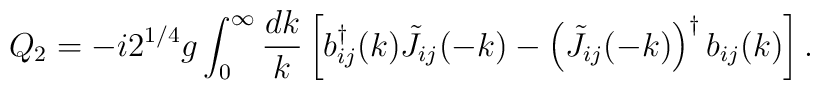
Q_2 =-i 2^{1/4}g\int_0^{\infty} {dk \over k}\left[b_{ij}^{\dagger}(k) \tilde J_{ij}(-k)-\left(\tilde J_{ij}(-k)\right)^{\dagger}b_{ij}(k)\right] .